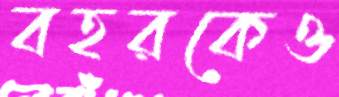
বহরকেও